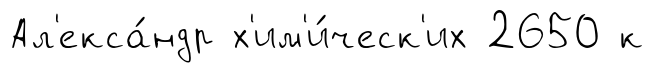
Ал'екса́ндр х'им'и́ческ'их 2650 к